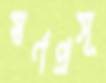
স্বর্ণপ্রসূ